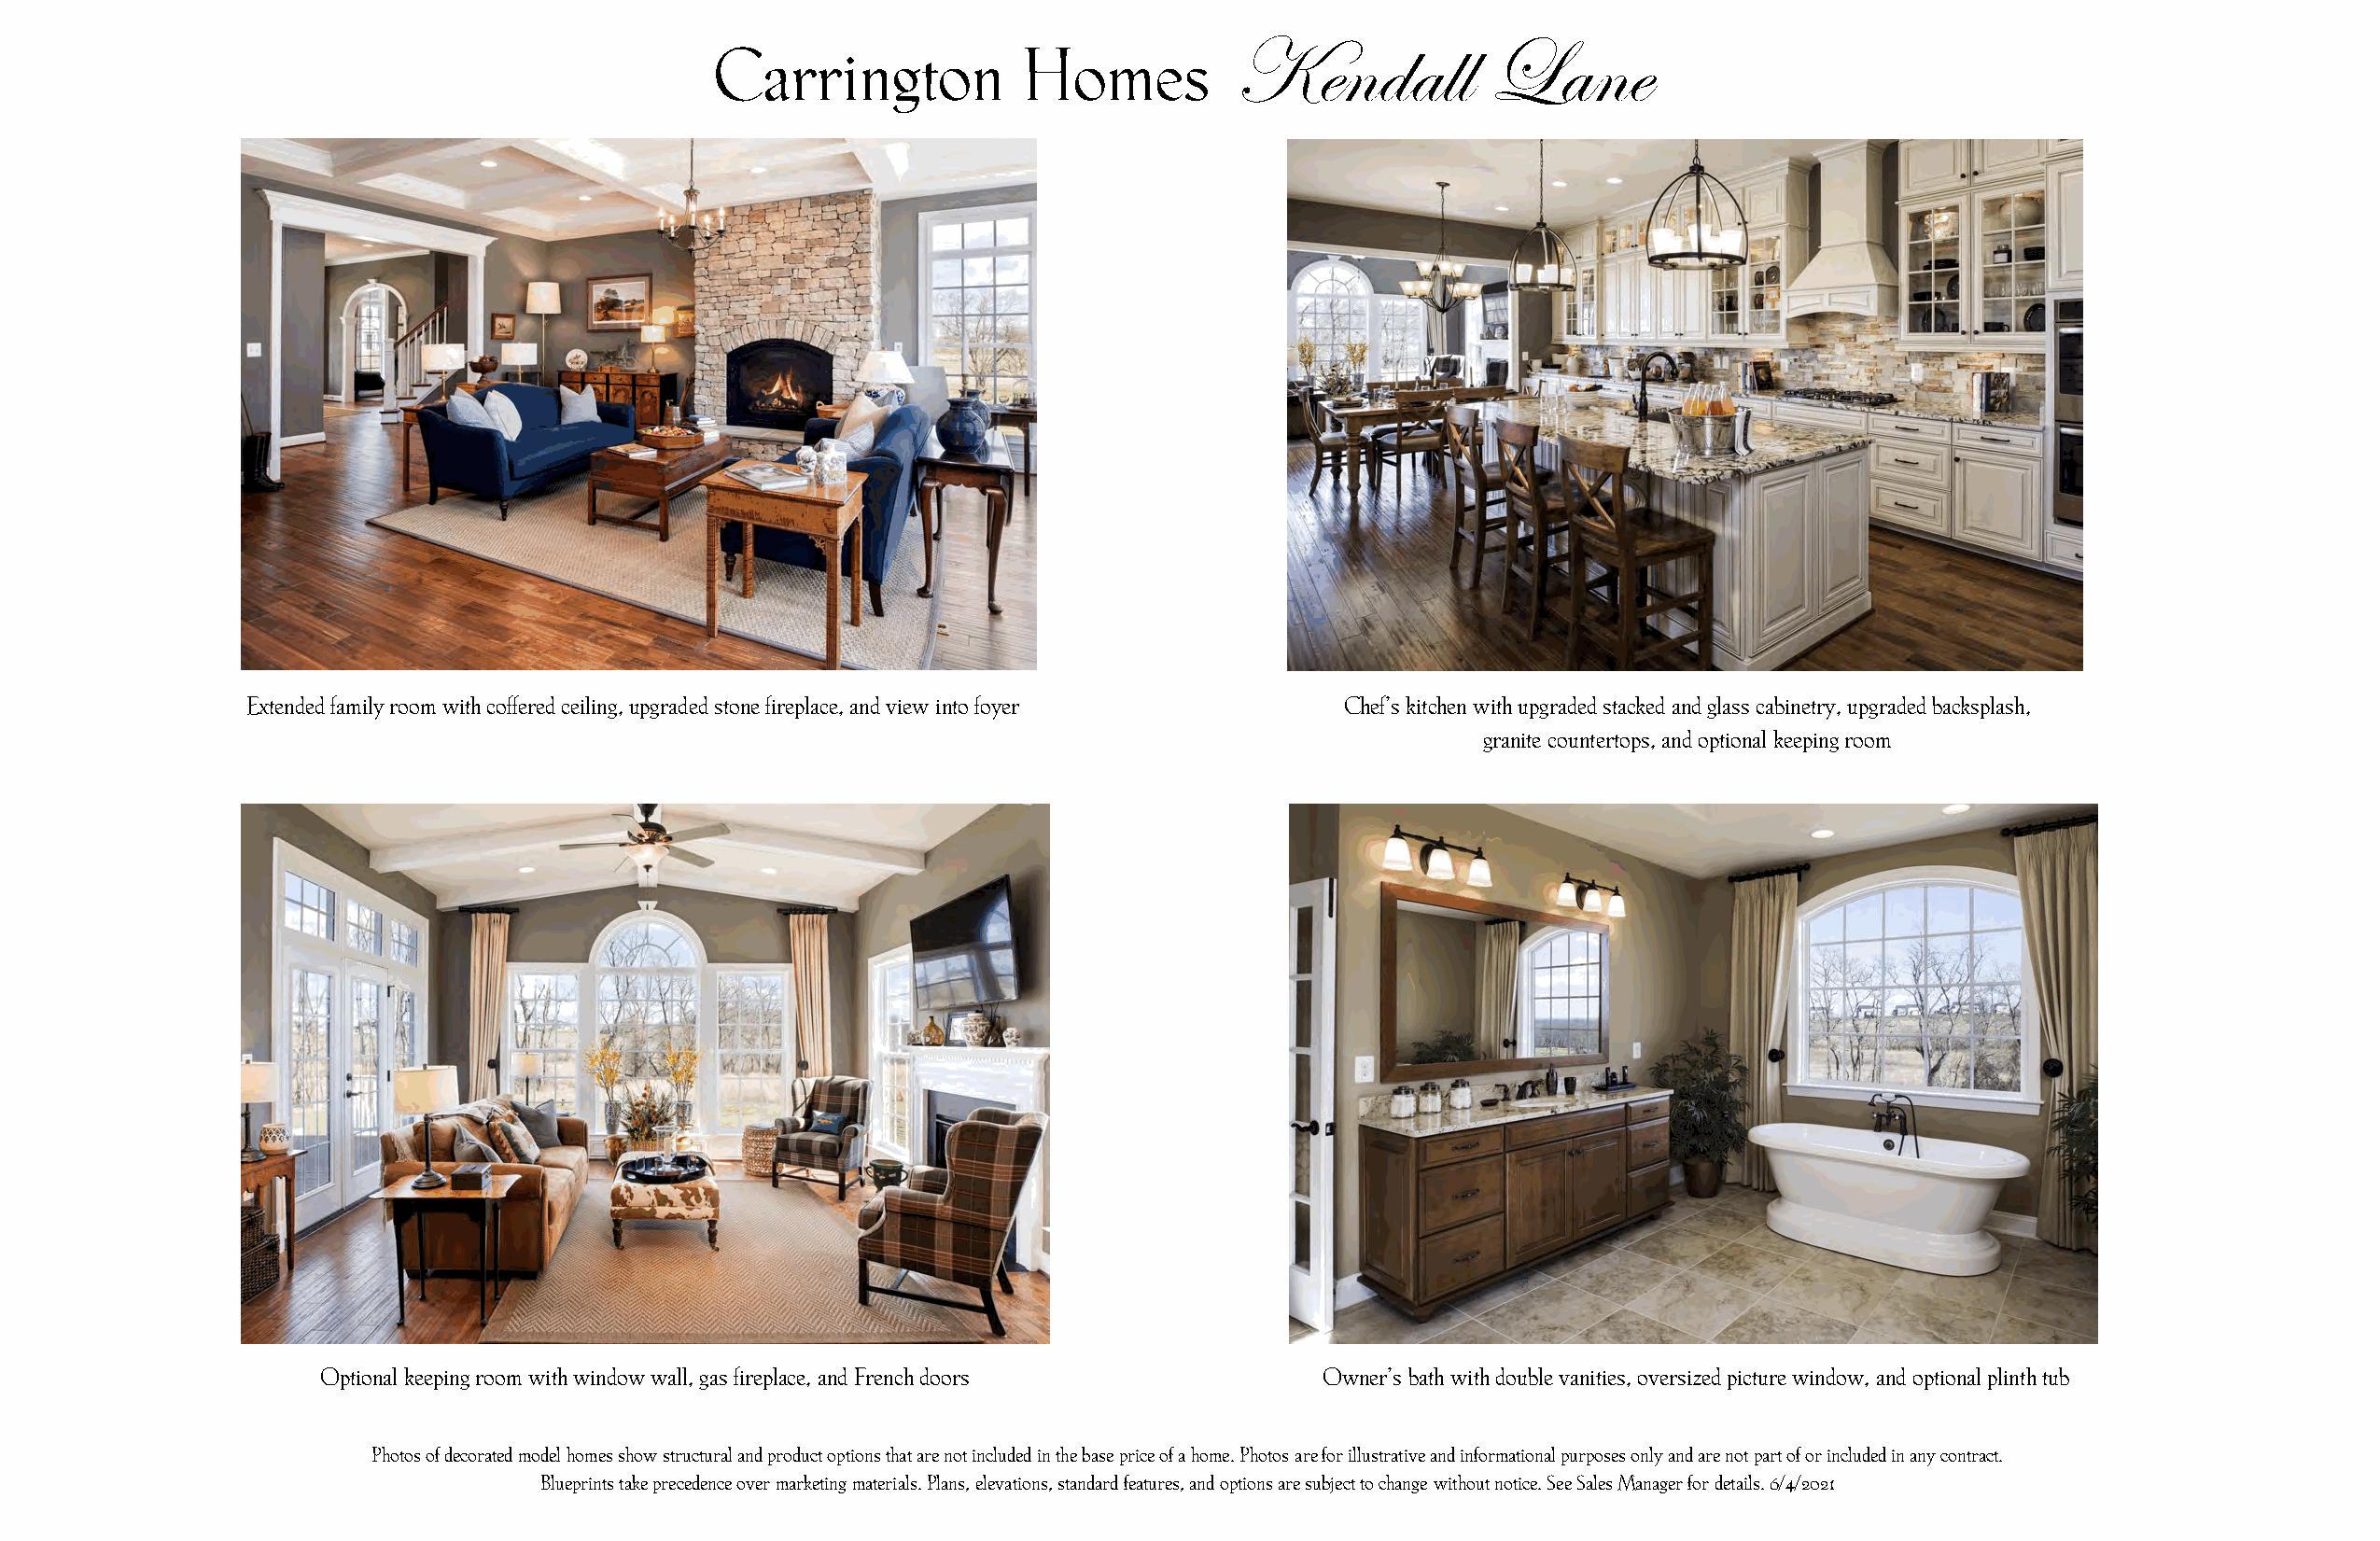
Kendall          Lane
 Carrington           Homes
 Extended family room with coffered ceiling, upgraded stone fireplace, and view into foyer Chef’s kitchen with upgraded stacked and glass cabinetry, upgraded backsplash,
 granite countertops, and optional keeping room
 Optional keeping room with window wall, gas fireplace, and French doors Owner’s bath with double vanities, oversized picture window, and optional plinth tub
 Photos of decorated model homes show structural and product options that are not included in the base price of a home. Photos are for illustrative and informational purposes only and are not part of or included in any contract.
 Blueprints take precedence over marketing materials. Plans, elevations, standard features, and options are subject to change without notice. See Sales Manager for details. 6/4/2021